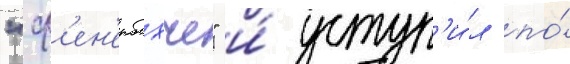
"ф'ен'ербахче" и́ уступ'и́л по́